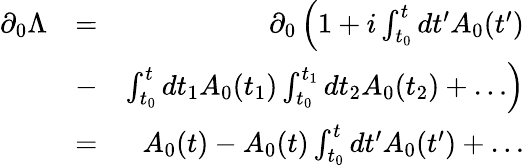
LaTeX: \begin{array}{rlr}{\partial_{0}\Lambda}&{=}&{\partial_{0}\left(1+i\int_{t_{0}}^{t}dt^{\prime}A_{0}(t^{\prime})\right.}\\ &{-}&{\left.\int_{t_{0}}^{t}dt_{1}A_{0}(t_{1})\int_{t_{0}}^{t_{1}}dt_{2}A_{0}(t_{2})+\dots\right)}\\ &{=}&{A_{0}(t)-A_{0}(t)\int_{t_{0}}^{t}dt^{\prime}A_{0}(t^{\prime})+\dots}\end{array}